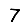
Digit: 7